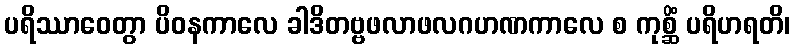
ပရိဿာဝေတွာ ပိဝနကာလေ ခါဒိတဗ္ဗဖလာဖလဂဟဏကာလေ စ ကုစ္ဆိံ ပရိဟရတိ၊